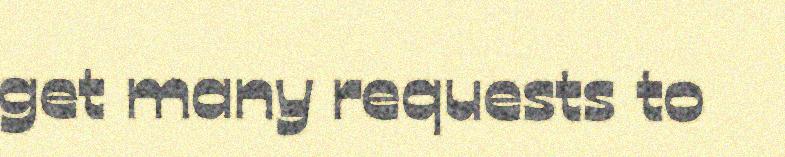
get many requests to